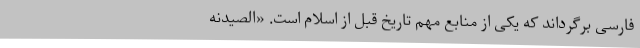
فارسی برگرداند که یکی از منابع مهم تاریخ قبل از اسلام است. «الصیدنه